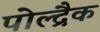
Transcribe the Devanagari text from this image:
पोल्द्रैक